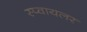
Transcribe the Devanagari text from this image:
स्प्वायलर